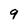
Character: 9